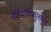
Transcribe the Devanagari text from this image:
रेडियोदिफ्युसयूर्स